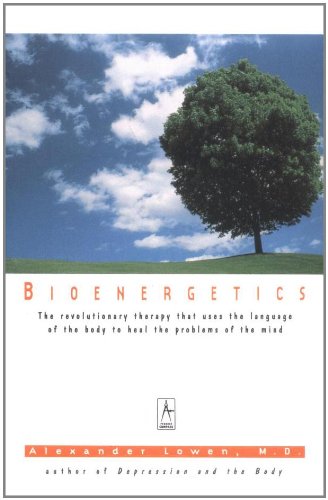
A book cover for Bioenergetics: The Revolutionary Therapy That Uses the Language of the Body to Heal the Problems of the Mind; Alexander Lowen; Health, Fitness & Dieting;